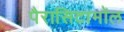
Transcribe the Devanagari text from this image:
पैरासिटामॉल